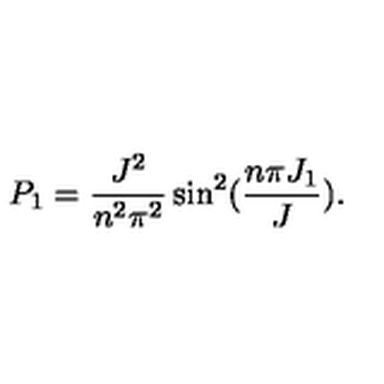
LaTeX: P _ { 1 } = \frac { J ^ { 2 } } { n ^ { 2 } \pi ^ { 2 } } \sin ^ { 2 } ( \frac { n \pi J _ { 1 } } { J } ) .